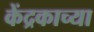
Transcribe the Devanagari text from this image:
केंद्रकाच्या